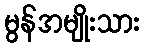
မွန်အမျိုးသား